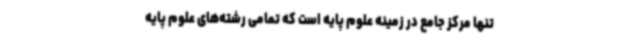
تنها مرکز جامع در زمینه علوم پایه است که تمامی رشته‌های علوم پایه